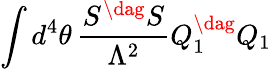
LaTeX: \int d^{4}\theta\, \frac{S^{\dag}S}{\Lambda^{2}}Q_{1}^{\dag}Q_{1}